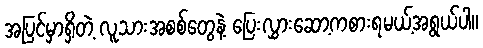
အပြင်မှာရှိတဲ့ လူသားအစစ်တွေနဲ့ ပြေးလွှားဆော့ကစားရမယ့်အရွယ်ပါ။